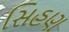
સિહણ